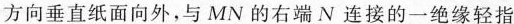
方向垂直纸面向外，与MN的右端N连接的一绝缘轻指